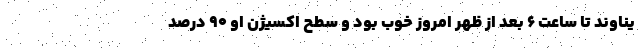
یناوند تا ساعت ۶ بعد از ظهر امروز خوب بود و سطح اکسیژن او ۹۰ درصد